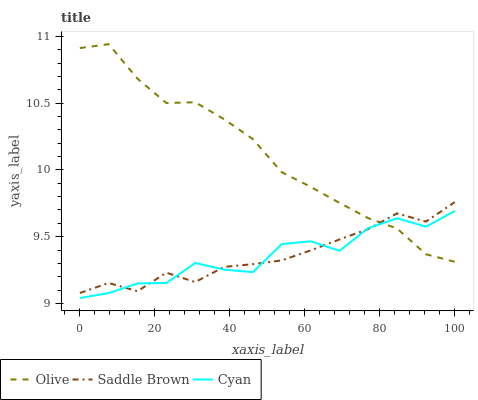
| xaxis_label | Olive | Saddle Brown | Cyan |
 | --- | --- | --- | --- |
 | 0 | 10.9 | 9.08 | 9.04 |
 | 7.69 | 10.9 | 9.15 | 9.08 |
 | 15.4 | 10.7 | 9.09 | 9.15 |
 | 23.1 | 10.5 | 9.23 | 9.15 |
 | 30.8 | 10.5 | 9.16 | 9.3 |
 | 38.5 | 10.4 | 9.27 | 9.25 |
 | 46.2 | 10.2 | 9.29 | 9.23 |
 | 53.8 | 9.98 | 9.32 | 9.44 |
 | 61.5 | 9.87 | 9.4 | 9.47 |
 | 69.2 | 9.75 | 9.48 | 9.39 |
 | 76.9 | 9.64 | 9.56 | 9.56 |
 | 84.6 | 9.56 | 9.67 | 9.64 |
 | 92.3 | 9.37 | 9.61 | 9.57 |
 | 100 | 9.31 | 9.76 | 9.69 |